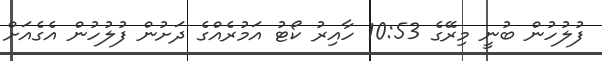
ފުލުހުން ބުނީ މިރޭގެ 10:53 ހާއިރު ކޯޓު އަމުރެއްގެ ދަށުން ފުލުހުން އެގެއަށް